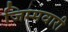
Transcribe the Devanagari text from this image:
जिम्मवारी